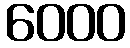
6000